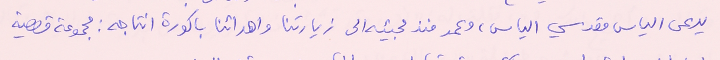
يدعى الياس مقدسي الياس، وعمد منذ مجيئه الى زيارتنا واهدائنا باكورة انتاجه: مجموعة قصصية